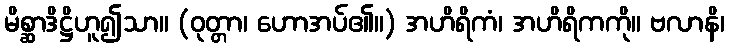
မိစ္ဆာဒိဋ္ဌိဟူ၍သာ။ (ဝုတ္တာ၊ ဟောအပ်၏။) အဟိရိကံ၊ အဟိရိကကို။ ဗလာနိ၊